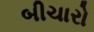
બીચારો